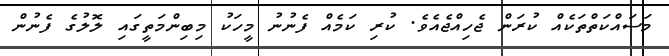
މަސައްކަތްތަކެއް ކުރަން ޖެހިއްޖެއެވެ. ކުރި ކަމެއް ފެނުނު މީހަކު މިބިންމަތީގައި ލޮލުގެ ފެނުން